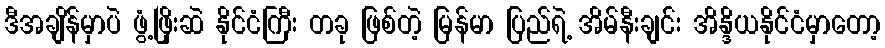
ဒီအချိန်မှာပဲ ဖွံ့ဖြိုးဆဲ နိုင်ငံကြီး တခု ဖြစ်တဲ့ မြန်မာ ပြည်ရဲ့ အိမ်နီးချင်း အိန္ဒိယနိုင်ငံမှာတော့